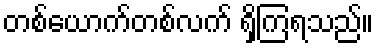
တစ်ယောက်တစ်လက် ရှိကြရသည်။